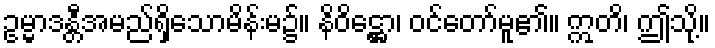
ဥမ္မာဒန္တီအမည်ရှိသောမိန်းမ၌။ နိဝိဋ္ဌော၊ ဝင်တော်မူ၏။ ဣတိ၊ ဤသို့။